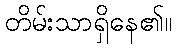
တိမ်းသာရှိနေ၏။